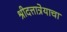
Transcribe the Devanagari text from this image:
श्रीदत्तात्रेयाचा